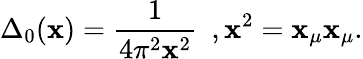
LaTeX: \Delta_{0}(\mathbf{x})=\frac{{1}}{{4\pi^{2}\mathbf{x}^{2}}}\, \, \, ,\mathbf{x}^{2}=\mathbf{x}_{\mu}\mathbf{x}_{\mu}.